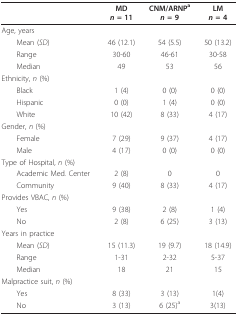
<table><thead><tr><td></td><td><b>MD<i>n </i>= 11</b></td><td><b>CNM/ARNP<sup>a</sup><i>n </i>= 9</b></td><td><b>LM<i>n </i>= 4</b></td></tr></thead><tbody><tr><td>Age, years</td><td></td><td></td><td></td></tr><tr><td> Mean (<i>SD</i>)</td><td>46 (12.1)</td><td>54 (5.5)</td><td>50 (13.2)</td></tr><tr><td> Range</td><td>30-60</td><td>46-61</td><td>30-58</td></tr><tr><td> Median</td><td>49</td><td>53</td><td>56</td></tr><tr><td>Ethnicity, <i>n </i>(%)</td><td></td><td></td><td></td></tr><tr><td> Black</td><td>1 (4)</td><td>0 (0)</td><td>0 (0)</td></tr><tr><td> Hispanic</td><td>0 (0)</td><td>1 (4)</td><td>0 (0)</td></tr><tr><td> White</td><td>10 (42)</td><td>8 (33)</td><td>4 (17)</td></tr><tr><td>Gender, <i>n </i>(%)</td><td></td><td></td><td></td></tr><tr><td> Female</td><td>7 (29)</td><td>9 (37)</td><td>4 (17)</td></tr><tr><td> Male</td><td>4 (17)</td><td>0 (0)</td><td>0 (0)</td></tr><tr><td>Type of Hospital, <i>n </i>(%)</td><td></td><td></td><td></td></tr><tr><td> Academic Med. Center</td><td>2 (8)</td><td>0</td><td>0</td></tr><tr><td> Community</td><td>9 (40)</td><td>8 (33)</td><td>4 (17)</td></tr><tr><td>Provides VBAC, <i>n </i>(%)</td><td></td><td></td><td></td></tr><tr><td> Yes</td><td>9 (38)</td><td>2 (8)</td><td>1 (4)</td></tr><tr><td> No</td><td>2 (8)</td><td>6 (25)</td><td>3 (13)</td></tr><tr><td>Years in practice</td><td></td><td></td><td></td></tr><tr><td> Mean (<i>SD</i>)</td><td>15 (11.3)</td><td>19 (9.7)</td><td>18 (14.9)</td></tr><tr><td> Range</td><td>1-31</td><td>2-32</td><td>5-37</td></tr><tr><td> Median</td><td>18</td><td>21</td><td>15</td></tr><tr><td>Malpractice suit, <i>n </i>(%)</td><td></td><td></td><td></td></tr><tr><td> Yes</td><td>8 (33)</td><td>3 (13)</td><td>1(4)</td></tr><tr><td> No</td><td>3 (13)</td><td>6 (25)<sup>a</sup></td><td>3(13)</td></tr></tbody></table>